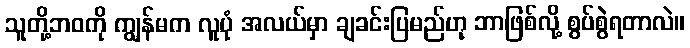
သူတို့ဘဝကို ကျွန်မက လူပုံ အလယ်မှာ ချခင်းပြမည်ဟု ဘာဖြစ်လို့ စွပ်စွဲရတာလဲ။